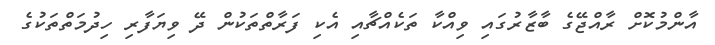
އާންމުކޮށް ރާއްޖޭގެ ބާޒާރުގައި ވިއްކާ ތަކެއްޗާއި އެކި ފަރާތްތަކުން ދޭ ވިޔަފާރި ހިދުމަތްތަކުގެ